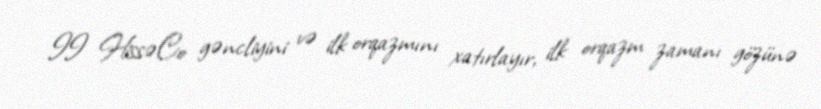
II HissəCo gəncliyini və ilk orqazmını xatırlayır, ilk orqazm zamanı gözünə